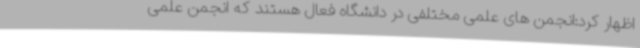
اظهار کرد:انجمن های علمی مختلفی در دانشگاه فعال هستند که انجمن علمی